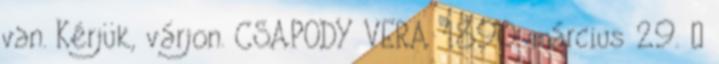
van. Kérjük, várjon. CSAPODY VERA 1890. március 29. –